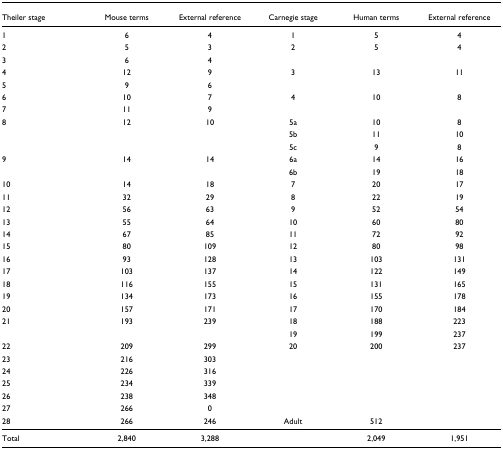
| Theiler stage | Mouse terms | External reference | Carnegie stage | Human terms | External reference |
 | --- | --- | --- | --- | --- | --- |
 | 1 | 6 | 4 | 1 | 5 | 4 |
 | 2 | 5 | 3 | 2 | 5 | 4 |
 | 3 | 6 | 4 |  |  |  |
 | 4 | 12 | 9 | 3 | 13 | 11 |
 | 5 | 9 | 6 |  |  |  |
 | 6 | 10 | 7 | 4 | 10 | 8 |
 | 7 | 11 | 9 |  |  |  |
 | 8 | 12 | 10 | 5a | 10 | 8 |
 |  |  |  | 5b | 11 | 10 |
 |  |  |  | 5c | 9 | 8 |
 | 9 | 14 | 14 | 6a | 14 | 16 |
 |  |  |  | 6b | 19 | 18 |
 | 10 | 14 | 18 | 7 | 20 | 17 |
 | 11 | 32 | 29 | 8 | 22 | 19 |
 | 12 | 56 | 63 | 9 | 52 | 54 |
 | 13 | 55 | 64 | 10 | 60 | 80 |
 | 14 | 67 | 85 | 11 | 72 | 92 |
 | 15 | 80 | 109 | 12 | 80 | 98 |
 | 16 | 93 | 128 | 13 | 103 | 131 |
 | 17 | 103 | 137 | 14 | 122 | 149 |
 | 18 | 116 | 155 | 15 | 131 | 165 |
 | 19 | 134 | 173 | 16 | 155 | 178 |
 | 20 | 157 | 171 | 17 | 170 | 184 |
 | 21 | 193 | 239 | 18 | 188 | 223 |
 |  |  |  | 19 | 199 | 237 |
 | 22 | 209 | 299 | 20 | 200 | 237 |
 | 23 | 216 | 303 |  |  |  |
 | 24 | 226 | 316 |  |  |  |
 | 25 | 234 | 339 |  |  |  |
 | 26 | 238 | 348 |  |  |  |
 | 27 | 266 | 0 |  |  |  |
 | 28 | 266 | 246 | Adult | 512 |  |
 | Total | 2,840 | 3,288 |  | 2,049 | 1,951 |